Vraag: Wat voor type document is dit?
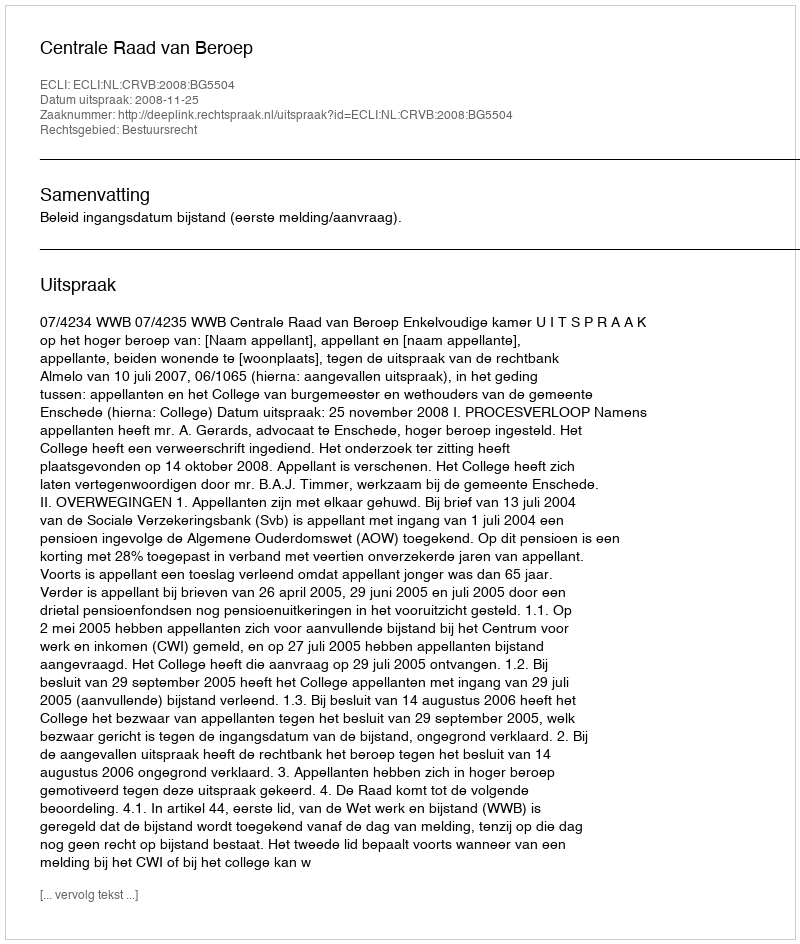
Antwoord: Uitspraak